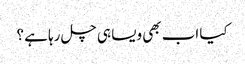
کیا اب بھی ویسا ہی چل رہا ہے ؟